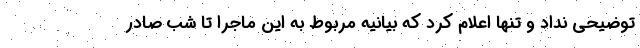
توضیحی نداد و تنها اعلام کرد که بیانیه مربوط به این ماجرا تا شب صادر